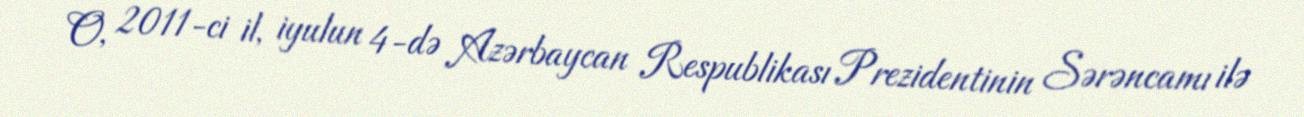
O, 2011-ci il, iyulun 4-də Azərbaycan Respublikası Prezidentinin Sərəncamı ilə